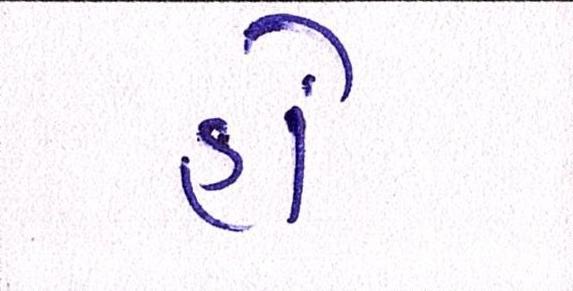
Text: હોં